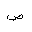
Letter: _sad